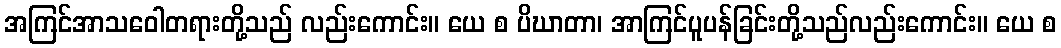
အကြင်အာသဝေါတရားတို့သည် လည်းကောင်း။ ယေ စ ပိဃာတာ၊ အာကြင်ပူပန်ခြင်းတို့သည်လည်းကောင်း။ ယေ စ